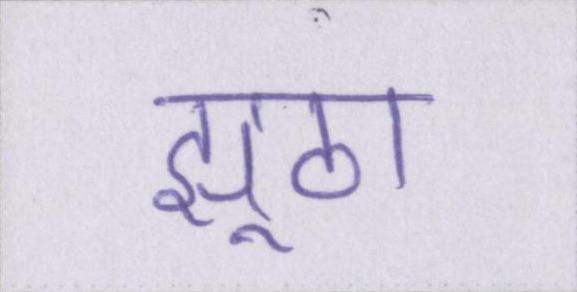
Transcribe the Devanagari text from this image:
झूठा